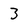
Character: 3